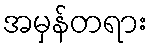
အမှန်တရား